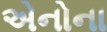
એનોના